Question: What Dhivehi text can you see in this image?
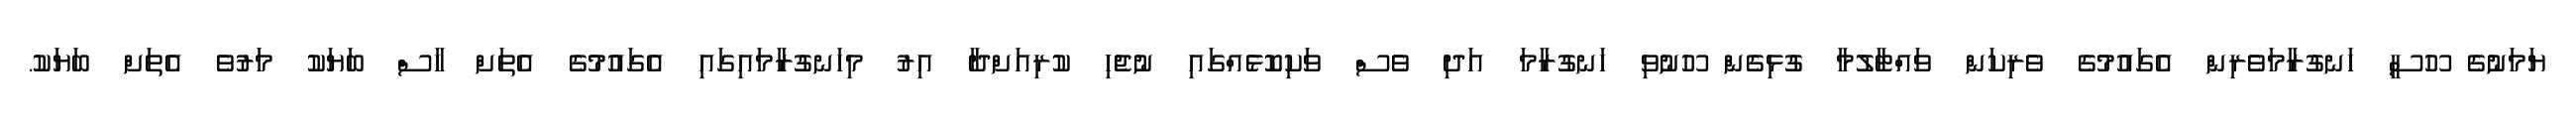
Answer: ޔަމަނުގެ ހޫސީ ހަނގުރާމަވެރިން އެގައުމުގެ ވެރިކަން ވައްޓާލުމާ ގުޅިގެން ހޫނުވި ހަނގުރާމަ އަދި ވެސް ވަކިކޮޅެއްގައި ނުޖެހި ކުރިއަށްދާ އިރު މިހަނގުރާމައިގައި އެގައުމުގެ އެތަށް ހާސް ބަޔަކު މަރުވެ އެތަށް ބަޔަކު.